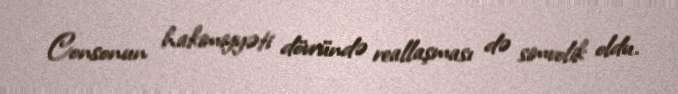
Consonun hakimiyyəti dövründə reallaşması də simvolik oldu.